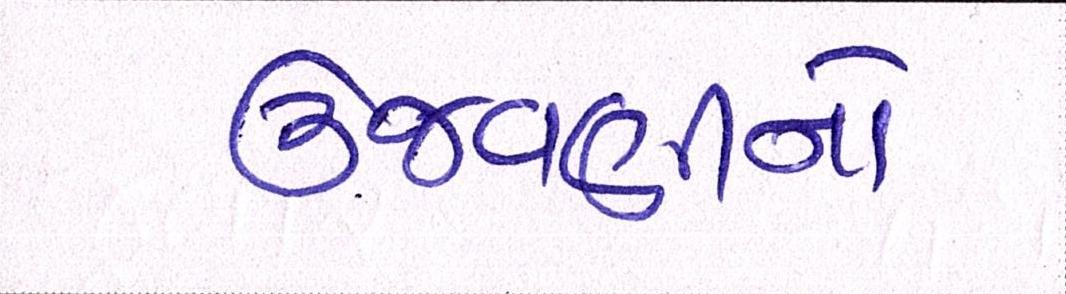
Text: ઉજવણીનો